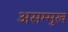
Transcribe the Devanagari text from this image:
असम्मुख